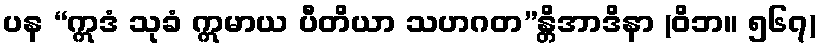
ပန “ဣဒံ သုခံ ဣမာယ ပီတိယာ သဟဂတ”န္တိအာဒိနာ (ဝိဘ။ ၅၆၇)